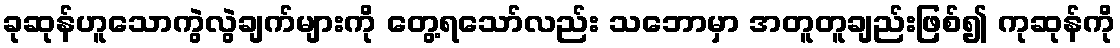
ခုဆုန်ဟူသောကွဲလွဲချက်များကို တွေ့ရသော်လည်း သဘောမှာ အတူတူချည်းဖြစ်၍ ကုဆုန်ကို